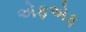
એફએફ